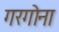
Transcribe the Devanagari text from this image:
गरगोना